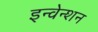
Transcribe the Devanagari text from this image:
इन्वेन्शन